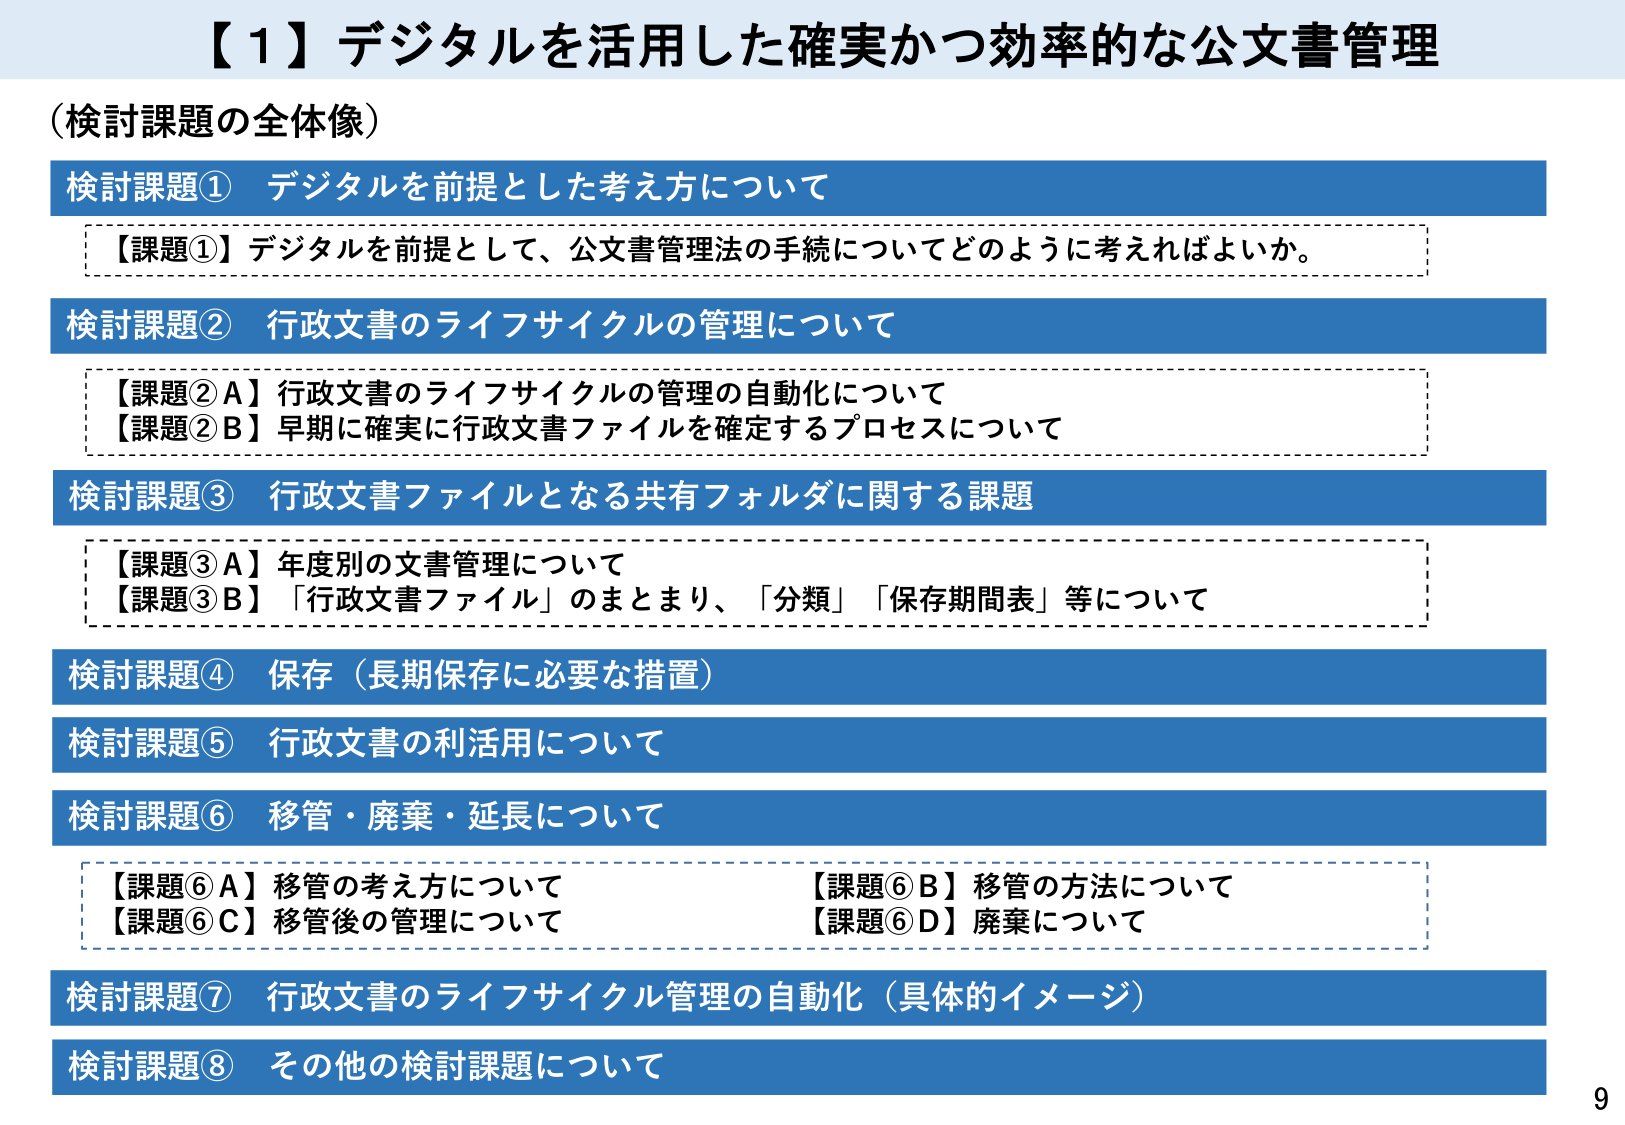
【1】デジタルを活用した確実かつ効率的な公文書管理
（検討課題の全体像）

検討課題① デジタルを前提とした考え方について
　【課題①】デジタルを前提として、公文書管理法の手続についてどのように考えればよいか。

検討課題② 行政文書のライフサイクルの管理について
　【課題②A】行政文書のライフサイクルの管理の自動化について
　【課題②B】早期に確実に行政文書ファイルを確定するプロセスについて

検討課題③ 行政文書ファイルとなる共有フォルダに関する課題
　【課題③A】年度別の文書管理について
　【課題③B】「行政文書ファイル」のまとめ、「分類」「保存期間表」等について

検討課題④ 保存（長期保存に必要な措置）

検討課題⑤ 行政文書の利活用について

検討課題⑥ 移管・廃棄・延長について
　【課題⑥A】移管の考え方について　　　　　　【課題⑥B】移管の方法について
　【課題⑥C】移管後の管理について　　　　　　【課題⑥D】廃棄について

検討課題⑦ 行政文書のライフサイクル管理の自動化（具体的イメージ）

検討課題⑧ その他の検討課題について

9